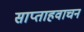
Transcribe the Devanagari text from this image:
साप्ताहवाचन